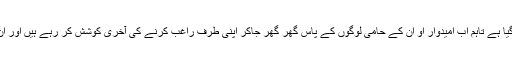
ان حلقوں کے لیے تشہیر کا وقت کل شام ختم ہوگیا ہے تاہم اب امیدوار او ان کے حامی لوگوں کے پاس گھر گھر جاکر اپنی طرف راغب کرنے کی آخری کوشش کر رہے ہیں اور ان سے حمایت کرنے کی درخواست کررہے ہیں۔